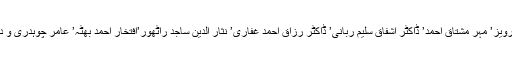
اس موقع پر شیخ عرفان پرویز’ مہر مشتاق احمد’ ڈاکٹر اشفاق سلیم ربانی’ ڈاکٹر رزاق احمد غفاری’ نثار الدین ساجد راٹھور’افتخار احمد بھٹہ’ عامر چوہدری و دیگر ممبران موجود تھے۔